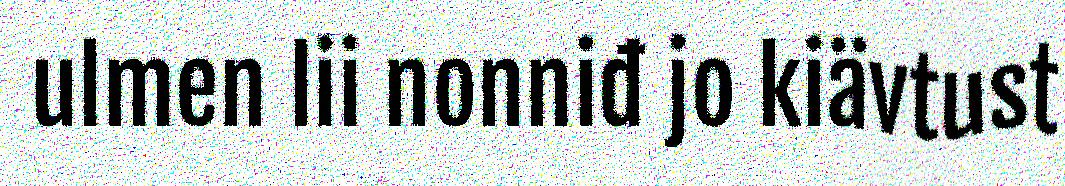
ulmen lii nonniđ jo kiävtust